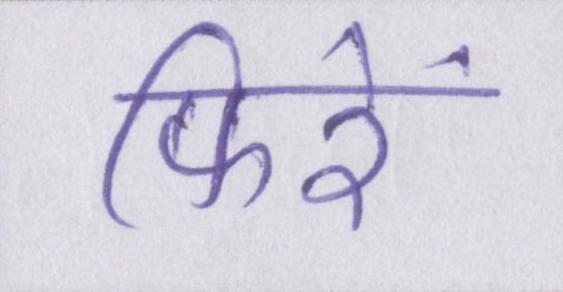
फिरें